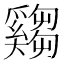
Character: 𤕂